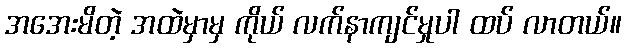
အအေးမိတဲ့ အထဲမှာမှ ကိုယ် လက်နာကျင်မှုပါ ထပ် လာတယ်။